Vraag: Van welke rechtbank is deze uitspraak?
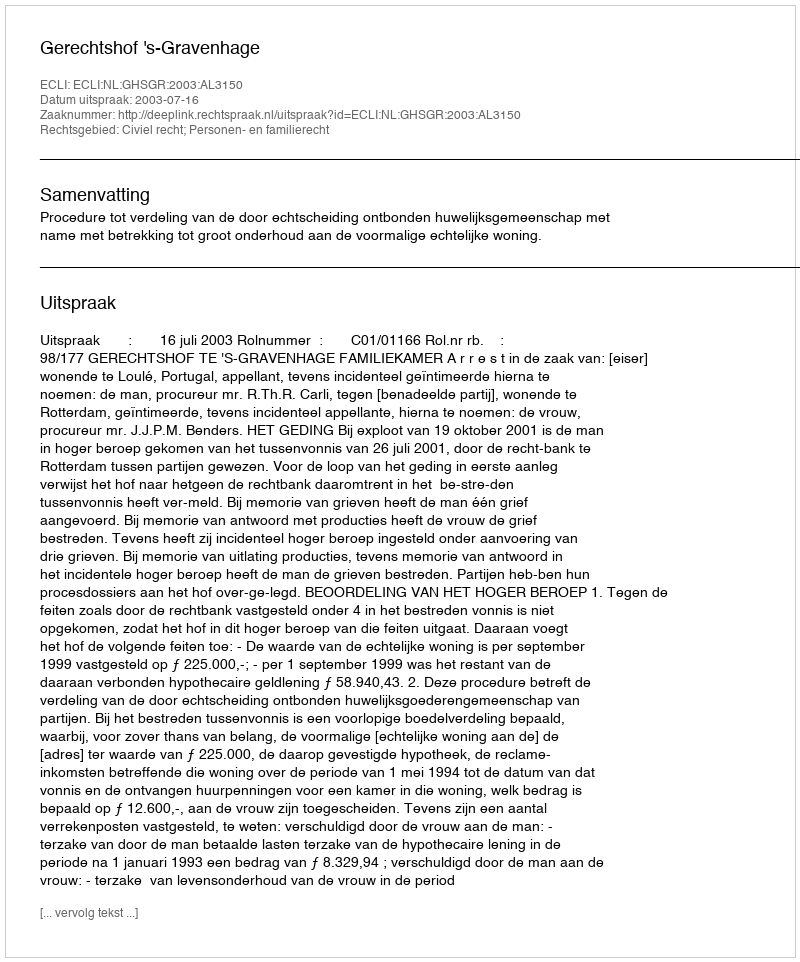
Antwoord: Gerechtshof 's-Gravenhage